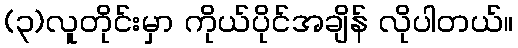
(၃)လူတိုင်းမှာ ကိုယ်ပိုင်အချိန် လိုပါတယ်။